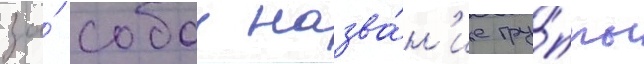
за́ собои назва́н'ие гру́ппы